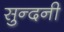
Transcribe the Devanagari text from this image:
सुन्दनी